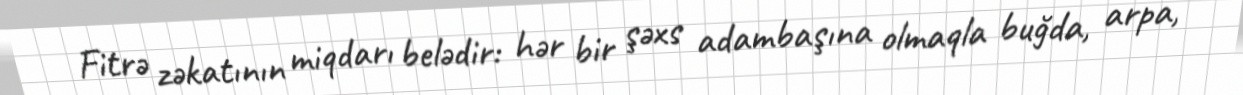
Fitrə zəkatının miqdarı belədir: hər bir şəxs adambaşına olmaqla buğda, arpa,